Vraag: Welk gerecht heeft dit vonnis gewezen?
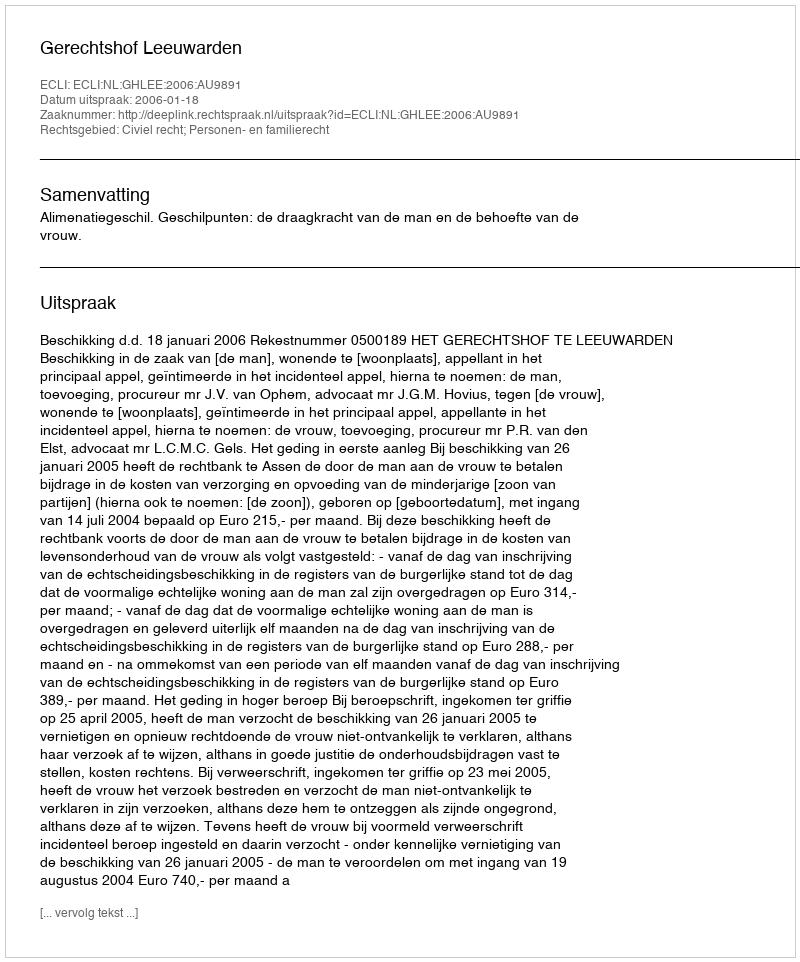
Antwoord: Gerechtshof Leeuwarden